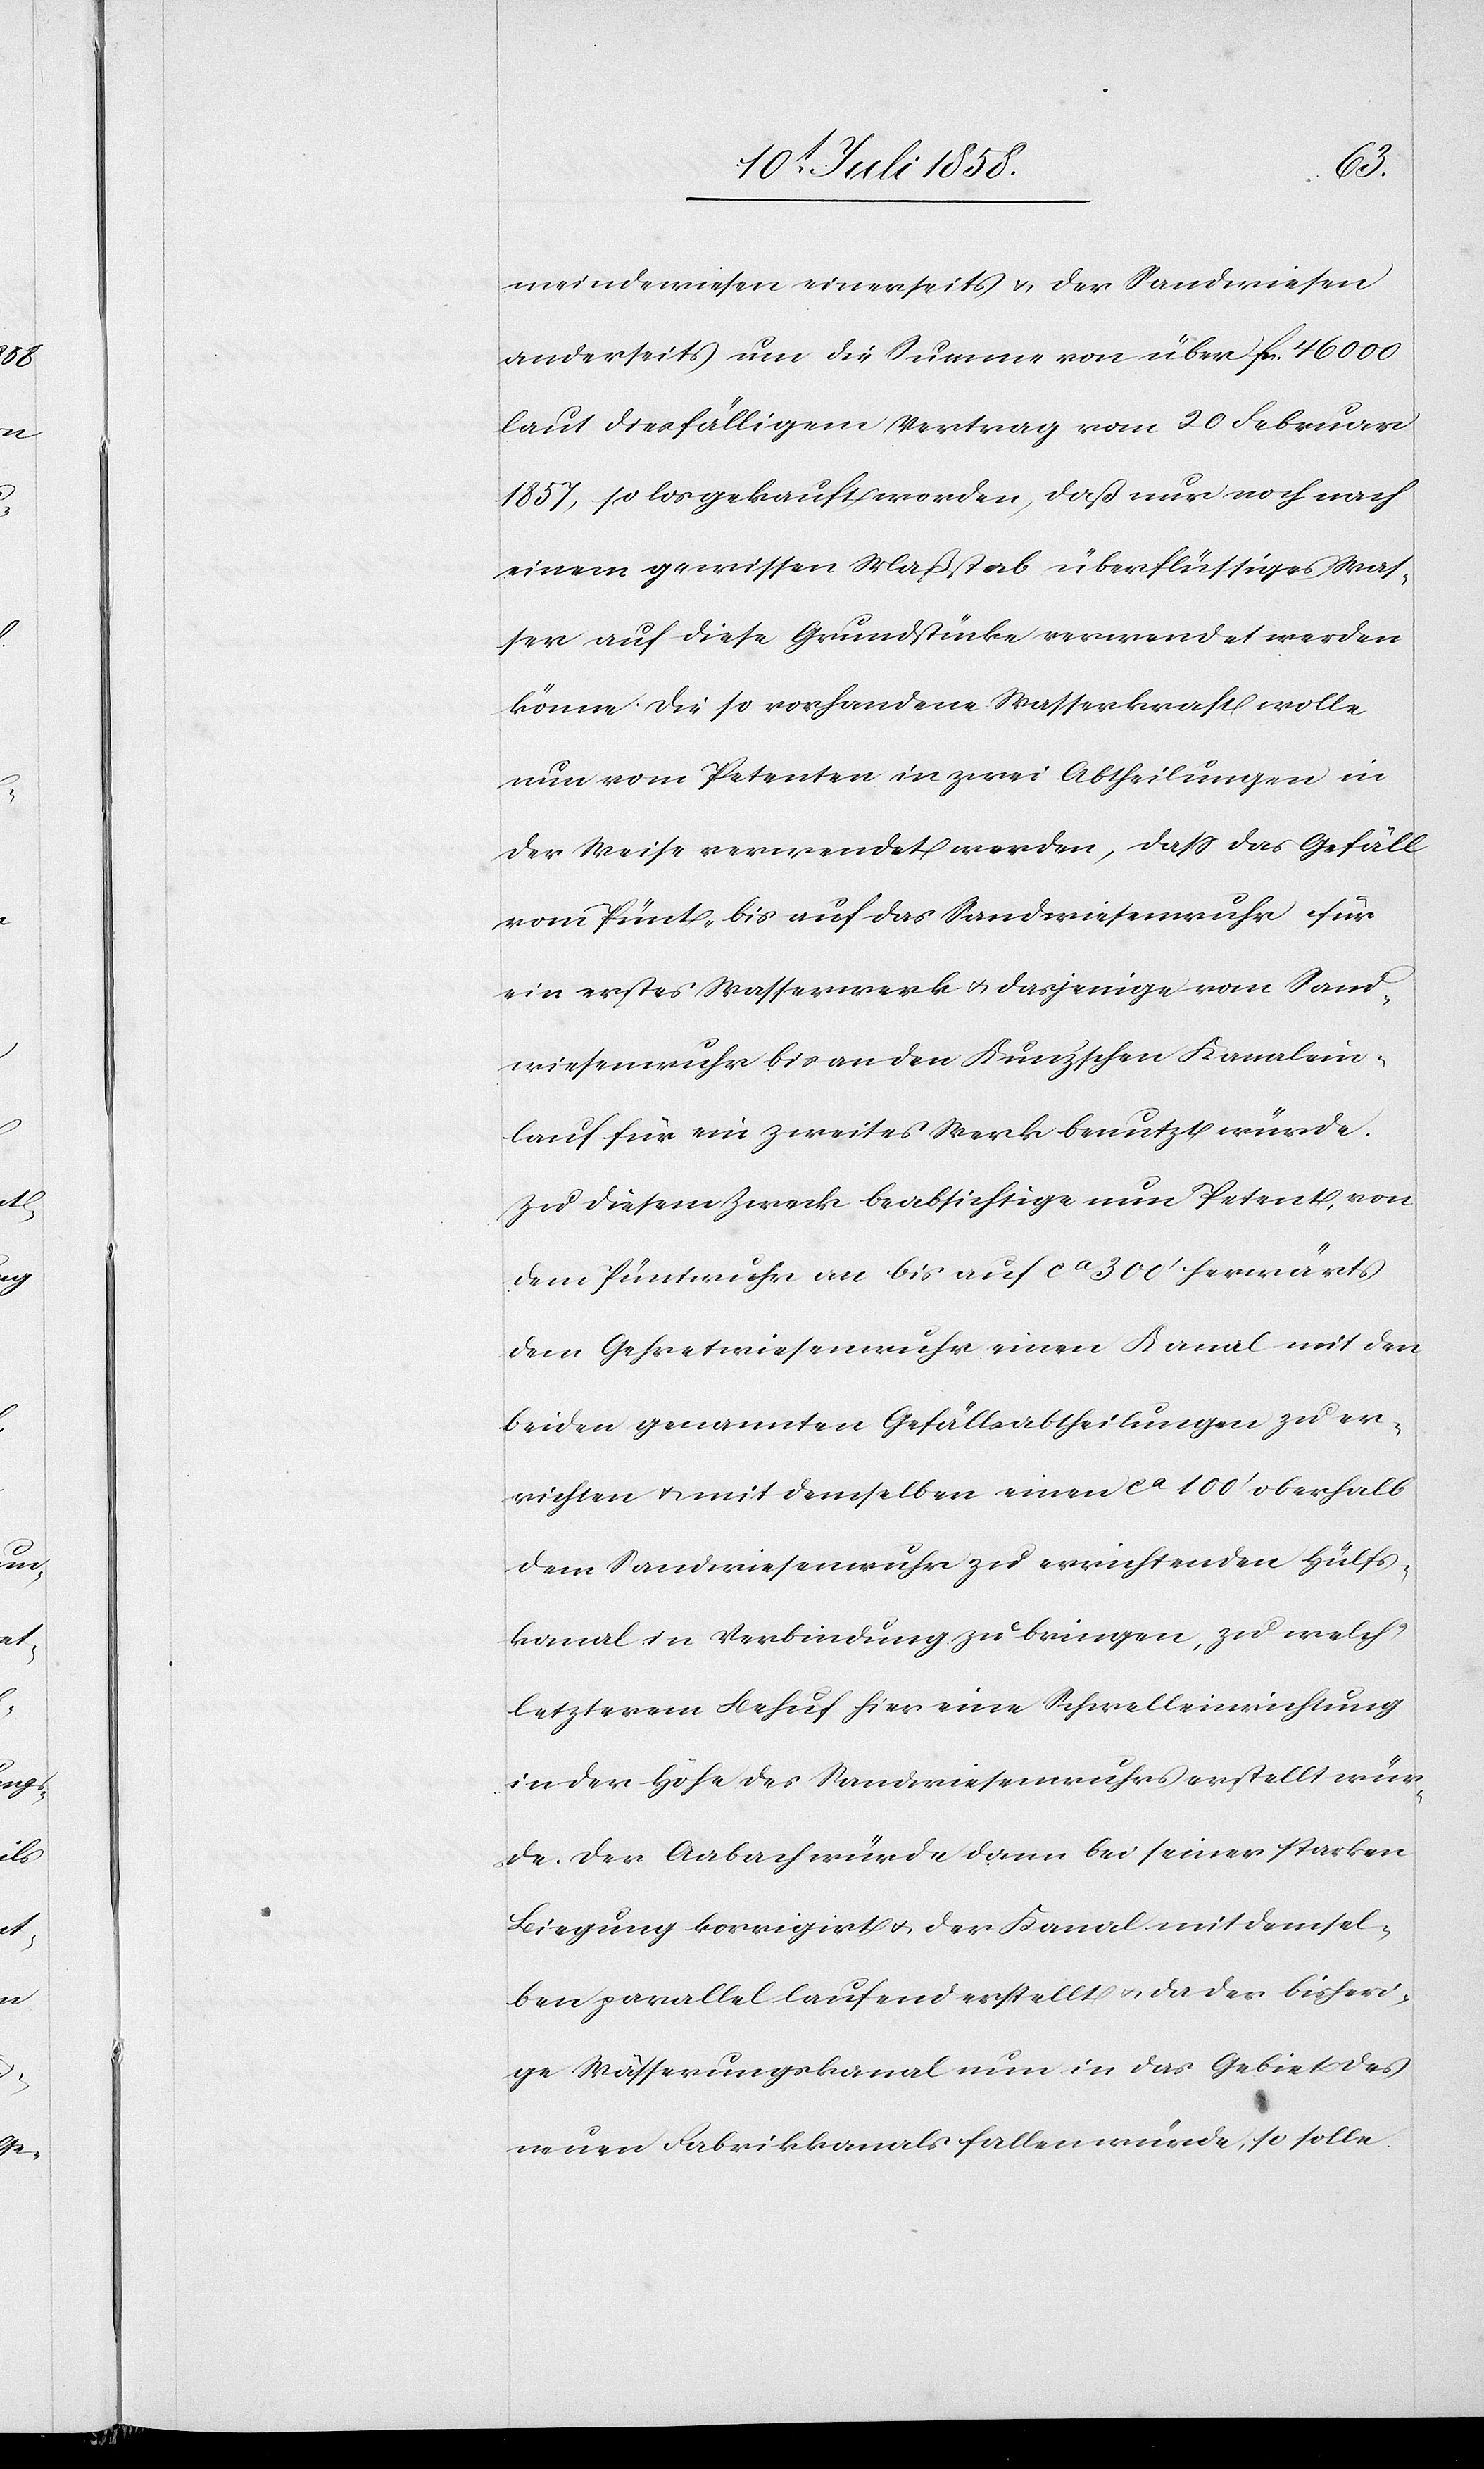
meindewiesen einerseits & der Sandwiesen
anderseits um die Summe von über fcs. 46 000
laut diesfälligem Vertrag vom 20 Februar
1857, so losgekauft worden, daß nur noch nach
einem gewissen Maßstab überflüssiges Was¬
ser auf diese Grundstücke verwendet werden
könne. Die so vorhandene Wasserkraft wolle
nun vom Petenten in zwei Abtheilungen in
der Weise verwendet werden, dass das Gefäll
vom Pünt- bis auf das Sandwiesenwuhr für
ein erstes Wasserwerk & dasjenige vom Sand¬
wiesenwuhr bis an den Kunz’schen Kanalein¬
lauf für ein zweites Werk benutzt würde.
Zu diesem Zweck beabsichtige nun Petent, von
dem Püntwuhr an bis auf ca 300‘ herwärts
dem Gehretwiesenwuhr einen Kanal mit den
beiden genannten Gefällsabtheilungen zu er¬
richten & mit demselben einen ca 100‘ oberhalb
dem Sandwiesenwuhr zu errichtenden Hülfs¬
kanal in Verbindung zu bringen, zu welch‘
letzterem Behuf hier eine Schwelleinrichtung
in der Höhe des Sandwiesenwuhrs erstellt wür¬
de. Der Aabach würde dann bei seiner starken
Biegung korrigirt & der Kanal mit demsel¬
ben parallel laufend erstellt & da der bisheri¬
ge Wässerungskanal nun in das Gebiet des
neuen Fabrikkanals fallen würde, so solle